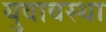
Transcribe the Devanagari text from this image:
युवावस्‍था